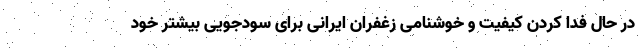
در حال فدا کردن کیفیت و خوشنامی زغفران ایرانی برای سودجویی بیشتر خود